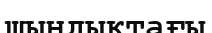
шындықтағы